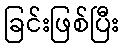
ခြင်းဖြစ်ပြီး